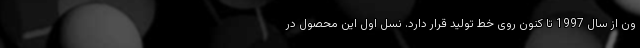
ون از سال 1997 تا کنون روی خط تولید قرار دارد. نسل اول این محصول در